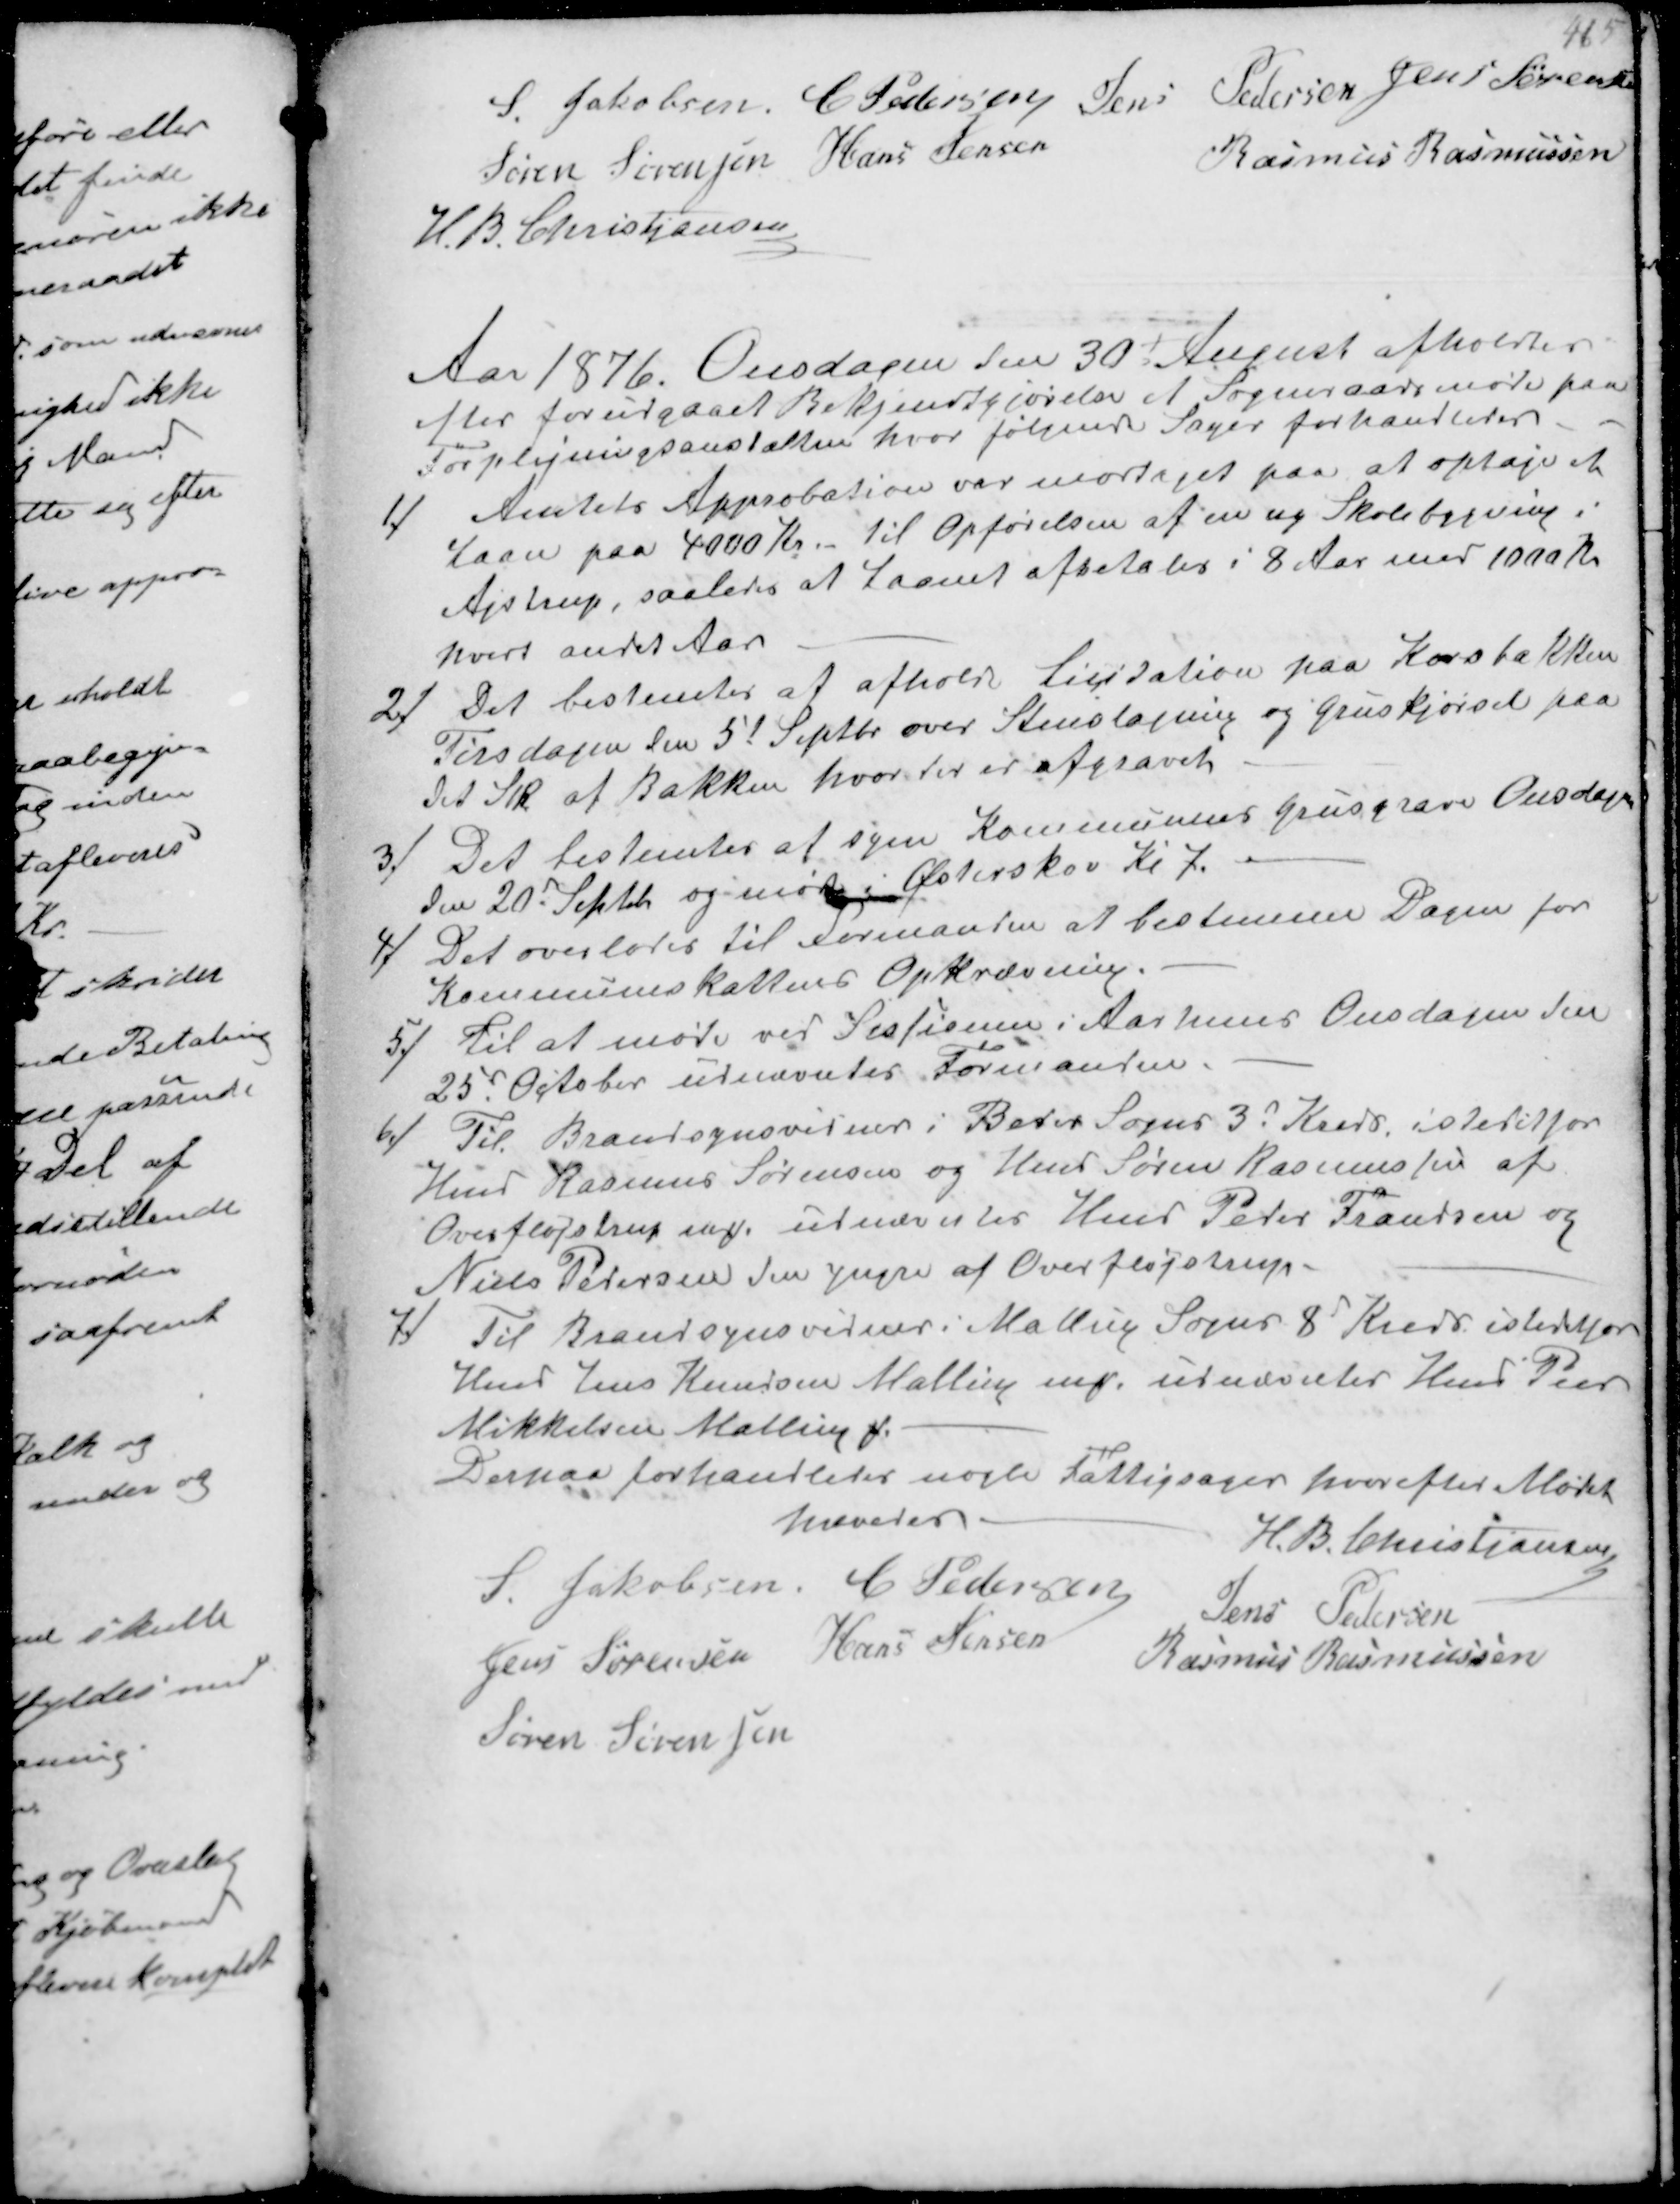
Transskription:
S Jakobsen C Pedersen Jens Pedersen Jens Sørensen
Søren Sørensen Hans Jensen
Rasmus Rasmussen
H.B. Christjansen

Aar 1876. Onsdagen den 30 August afholdtes
efter forudgaaet Bekjendtgørelse et Sogneraadsmøde paa
Forplejningsanstalten hvor følgende Sager forhandledes
1/
Amtets Approbation var mødteget paa at optage et
Laan paa 4000 Kr. til Opførelsen af en ny Skolebygning i
Ajstrup, saaledes at Laanet afbetales i 8 Aar med 1000 Kr
hvert andet Aar.

2/
Det bestemtes af afholde Licitation paa Korsbakken
Tirsdagen den 5t Septbr. over Stenslagning og Gruskørsel paa
det Stk af Bakken hvor der er afgravet

3/
Det bestemtes at syne Kommunens Grusgrave Onsdagen
den 20 Septbr og møde i Østerskov Kl 7.

4/
Det overlodes til Formanden at bestemme Dagen for
Kommuneskattens Opkrævning.

5/
Til at møde ved Sessionen i Aarhus Onsdagen den
25d October udnævntes Formanden

6/
Til Brandsynsvidner i Beder Sogns 3d Kreds istedetfor
Hmd Rasmus Sørensen og Hmd Søren Rasmussen af
Overfløjstrup ₻ udnævntes Hmd Peter Frandsen og
Niels Petersen den yngre af Overfløjstrup.

7/
Til Brandsynsvidner i Malling Sogns 8 Kreds istedetfor
Hmd Jens Knudsen Malling ₻ udnævntes Hmd Peer
Mikkelsen Malling ₻
Derpaa forhandledes nogle Fattigsager hvorefter Mødet
hævedes.
H. B. Christjansen
S Jakobsen C Pedersen
Jens Pedersen
Jens Sørensen Hans Jensen
Rasmus Rasmussen
Søren Sørensen